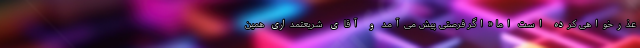
عذرخواهی کرده است اما «اگر فرصتی پیش می‌آمد و آقای شریعتمداری همین